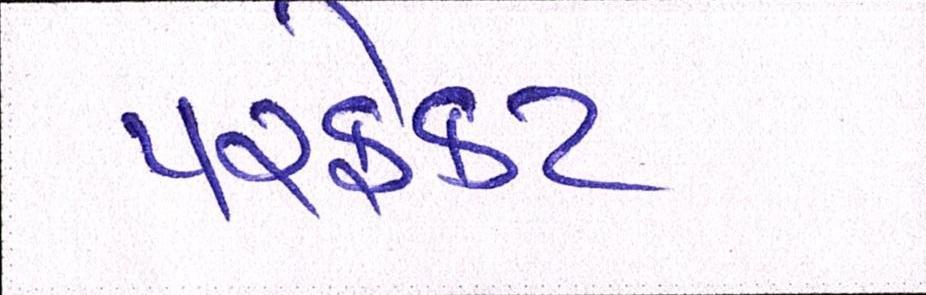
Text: પરફેક્ટ